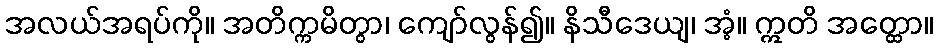
အလယ်အရပ်ကို။ အတိက္ကမိတွာ၊ ကျော်လွန်၍။ နိသီဒေယျ၊ အံ့။ ဣတိ အတ္ထော။